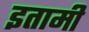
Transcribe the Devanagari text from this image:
इतामी